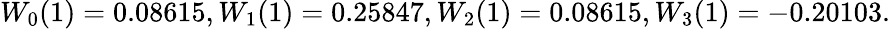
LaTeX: W_{0}(1)=0.08615,W_{1}(1)=0.25847,W_{2}(1)=0.08615,W_{3}(1)=-0.20103.